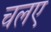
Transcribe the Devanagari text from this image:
चलए